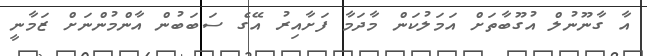
އާ ގާނޫނުލް އުގޫބާތަށް އަމަލުކަން މާދަމާ ފަށާއިރު އޭގެ ސަބަބުން އާންމުންނަށް ޒަމާނީ